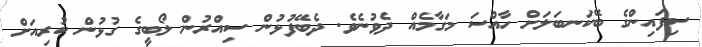
ސިފައިންގެ ބޭކަނބަލަށް ހާއްސަ މަގާމެއް ދެވުނެވެ. ދެބޭފުޅުން ސިއްރުން ލޯބީގެ ގުޅުން ކުރިއަށް